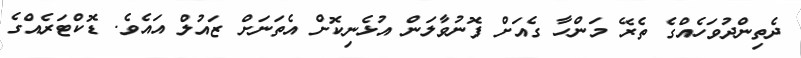
ދެތިންދުވަހެއްގެ ތެރޭ މަންހާ ގެއަށް ފޮނުވާލަން އުޅެނިކޮށް އެތަނަށް ޒައުލް އައެވެ. ޑޮކްޓަރެއްގެ